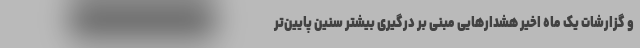
و گزارشات یک ماه اخیر هشدارهایی مبنی بر درگیری بیشتر سنین پایین‌تر